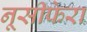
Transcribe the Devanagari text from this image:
नूसीफेरा